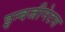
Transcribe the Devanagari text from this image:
इन्वजीनेटस